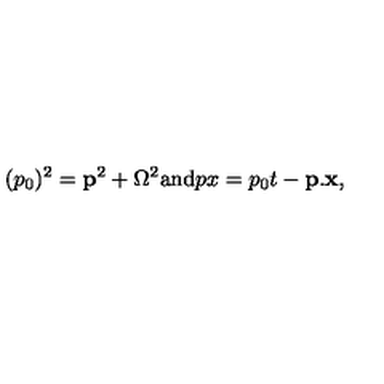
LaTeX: ( p _ { 0 } ) ^ { 2 } = { \bf p } ^ { 2 } + \Omega ^ { 2 } \mathrm { a n d } p x = p _ { 0 } t - { \bf p } . { \bf x } ,